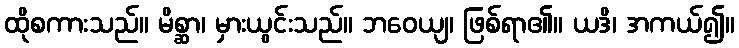
ထိုစကားသည်။ မိစ္ဆာ၊ မှားယွင်းသည်။ ဘဝေယျ၊ ဖြစ်ရာ၏။ ယဒိ၊ အကယ်၍။